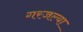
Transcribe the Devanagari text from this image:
गरजल्या